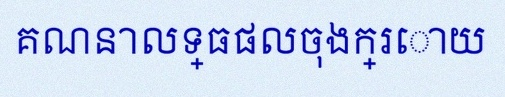
គណនាលទ្ធផលចុងក្រោយ